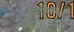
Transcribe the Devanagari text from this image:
वनस्पतिविद्